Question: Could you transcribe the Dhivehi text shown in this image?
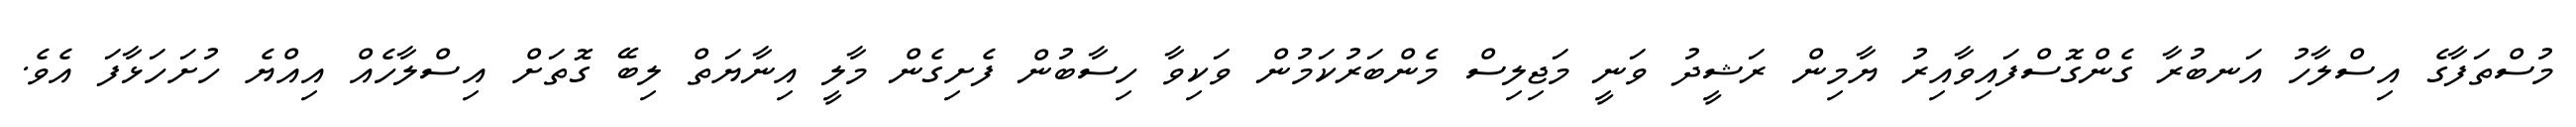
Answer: މުސްތަފާގެ އިސްލާހު އަނބުރާ ގެންގޮސްފައިވާއިރު ޔާމިން ރަޝީދު ވަނީ މަޖިލިސް މެންބަރުކަމުން ވަކިވާ ހިސާބުން ފެށިގެން މާލީ އިނާޔަތް ލިބޭ ގޮތަށް އިސްލާހެއް އިއްޔެ ހުށަހަޅާފަ އެވެ.